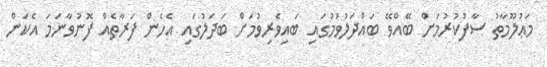
މަޢުލޫމާތު ސާފުކުރުމަށް ބޭއްވޭ ބައްދަލުވުމުގައި ބައިވެރިވުމަށް ބަދަލުގައި އެހެން ފަރާތެއް ފޮނުވާނަމަ އެކަން